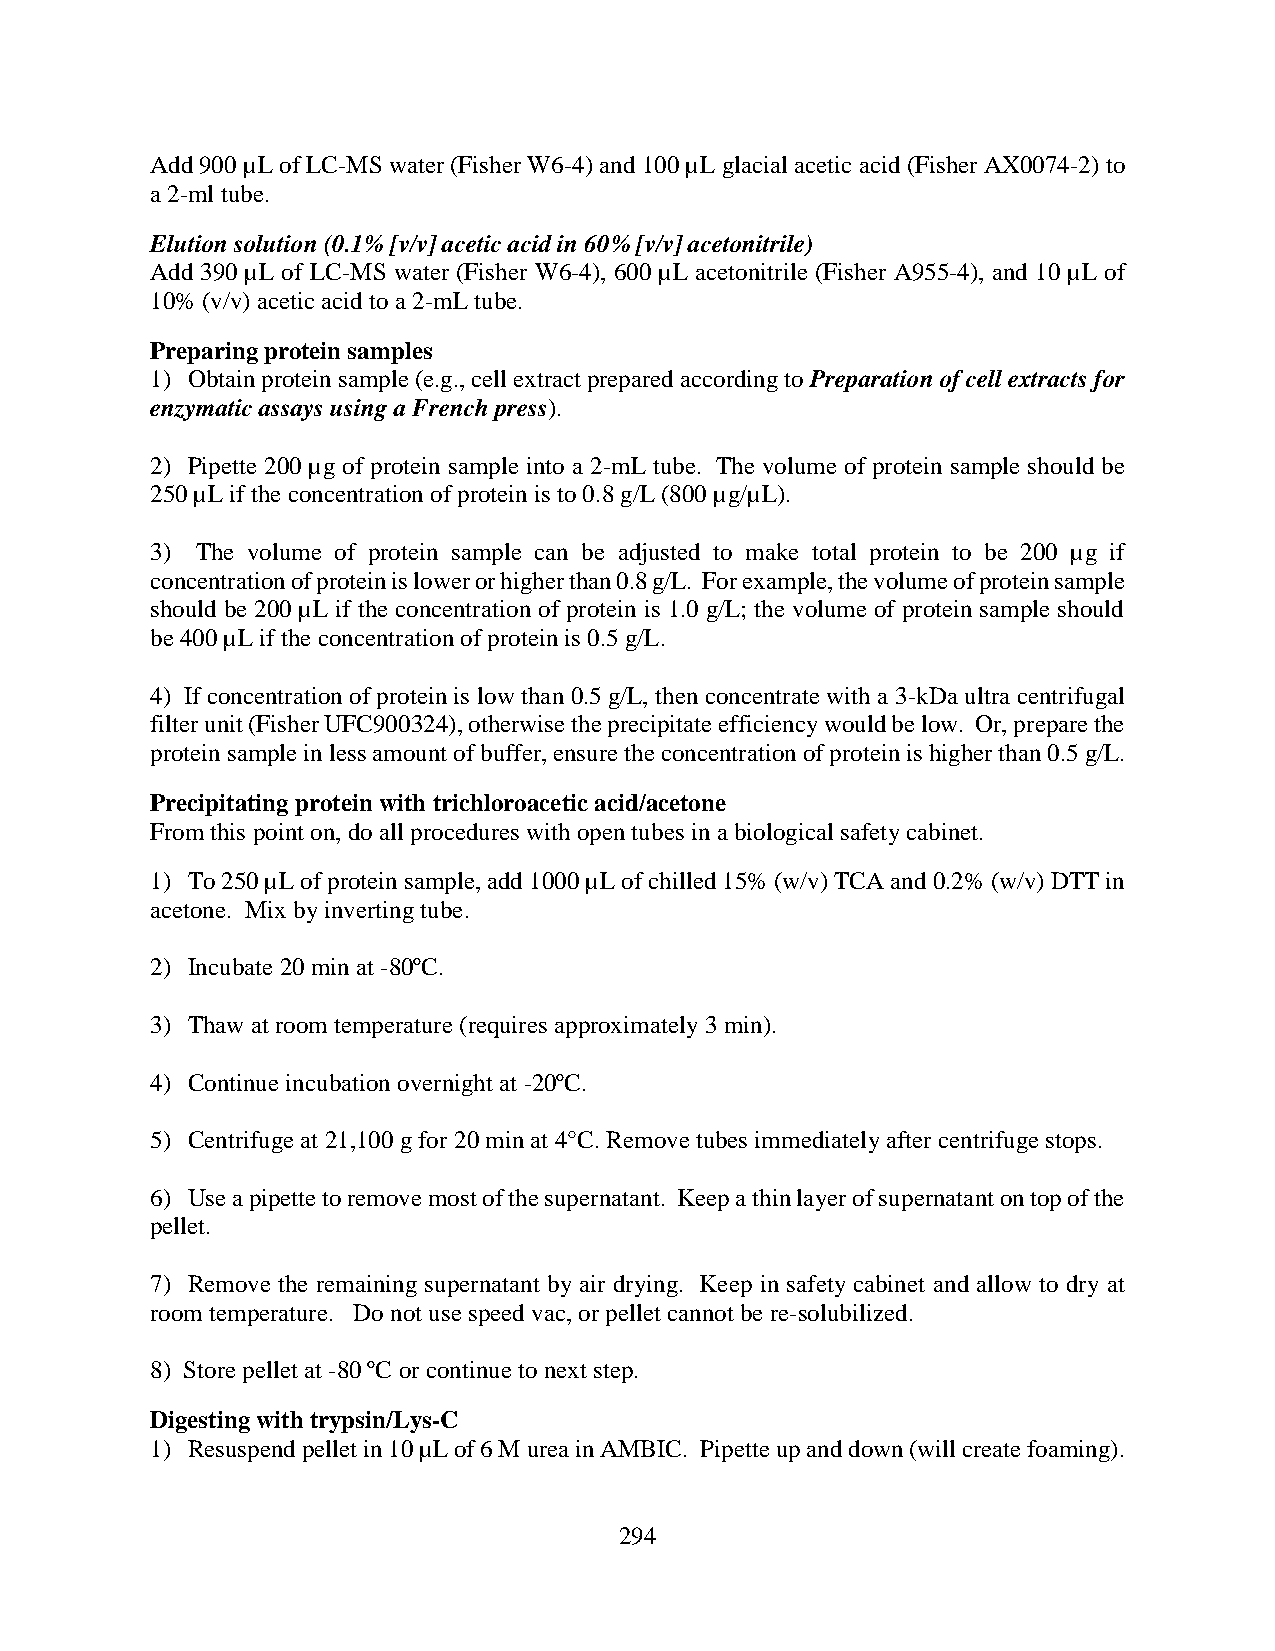
Add 900 µL of LC-MS water (Fisher W6-4) and 100 µL glacial acetic acid (Fisher AX0074-2) to
 a 2-ml tube.
 Elution solution (0.1% [v/v] acetic acid in 60% [v/v] acetonitrile)
 Add 390 µL of LC-MS water (Fisher W6-4), 600 µL acetonitrile (Fisher A955-4), and 10 µL of
 10% (v/v) acetic acid to a 2-mL tube.
 Preparing protein samples
 1) Obtain protein sample (e.g., cell extract prepared according to Preparation of cell extracts for
 enzymatic assays using a French press).
 2) Pipette 200 µg of protein sample into a 2-mL tube. The volume of protein sample should be
 250 µL if the concentration of protein is to 0.8 g/L (800 µg/µL).
 3) The volume of protein sample can be adjusted to make total protein to be 200 µg if
 concentration of protein is lower or higher than 0.8 g/L. For example, the volume of protein sample
 should be 200 µL if the concentration of protein is 1.0 g/L; the volume of protein sample should
 be 400 µL if the concentration of protein is 0.5 g/L.
 4) If concentration of protein is low than 0.5 g/L, then concentrate with a 3-kDa ultra centrifugal
 filter unit (Fisher UFC900324), otherwise the precipitate efficiency would be low. Or, prepare the
 protein sample in less amount of buffer, ensure the concentration of protein is higher than 0.5 g/L.
 Precipitating protein with trichloroacetic acid/acetone
 From this point on, do all procedures with open tubes in a biological safety cabinet.
 1) To 250 µL of protein sample, add 1000 µL of chilled 15% (w/v) TCA and 0.2% (w/v) DTT in
 acetone. Mix by inverting tube.
 2) Incubate 20 min at -80ºC.
 3) Thaw at room temperature (requires approximately 3 min).
 4) Continue incubation overnight at -20ºC.
 5) Centrifuge at 21,100 g for 20 min at 4°C. Remove tubes immediately after centrifuge stops.
 6) Use a pipette to remove most of the supernatant. Keep a thin layer of supernatant on top of the
 pellet.
 7) Remove the remaining supernatant by air drying. Keep in safety cabinet and allow to dry at
 room temperature. Do not use speed vac, or pellet cannot be re-solubilized.
 8) Store pellet at -80 ºC or continue to next step.
 Digesting with trypsin/Lys-C
 1) Resuspend pellet in 10 µL of 6 M urea in AMBIC. Pipette up and down (will create foaming).
 294